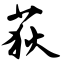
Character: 荻